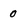
Character: 0